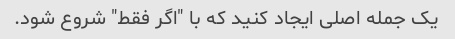
یک جمله اصلی ایجاد کنید که با "اگر فقط" شروع شود.